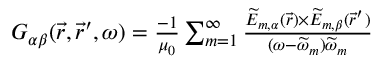
\begin{array} { r } { G _ { \alpha \beta } ( \vec { r } , \vec { r } ^ { \prime } , \omega ) = \frac { - 1 } { \mu _ { 0 } } \sum _ { m = 1 } ^ { \infty } \frac { \widetilde { E } _ { m , \alpha } ( \vec { r } ) \times \widetilde { E } _ { m , \beta } ( \vec { r } ^ { \prime } ) } { ( \omega - \widetilde { \omega } _ { m } ) \widetilde { \omega } _ { m } } } \end{array}